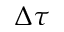
\Delta \tau